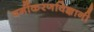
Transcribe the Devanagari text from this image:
वर्गीकरणविज्ञानी